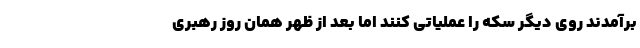
برآمدند روی دیگر سکه را عملیاتی کنند اما بعد از ظهر همان روز رهبری